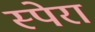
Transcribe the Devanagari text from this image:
स्पेरा